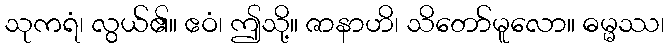
သုကရံ၊ လွယ်၏။ ဧဝံ၊ ဤသို့။ ဇာနာဟိ၊ သိတော်မူလော။ ဓမ္မဿ၊